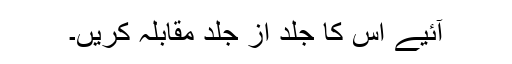
آئیے اس کا جلد از جلد مقابلہ کریں۔